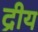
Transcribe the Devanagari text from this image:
द्रीय